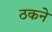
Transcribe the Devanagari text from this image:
ठकने